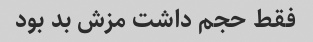
فقط حجم داشت مزش بد بود